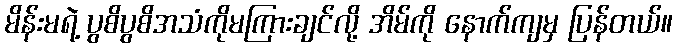
မိန်းမရဲ့ ပွစိပွစိအသံကိုမကြားချင်လို့ အိမ်ကို နောက်ကျမှ ပြန်တယ်။